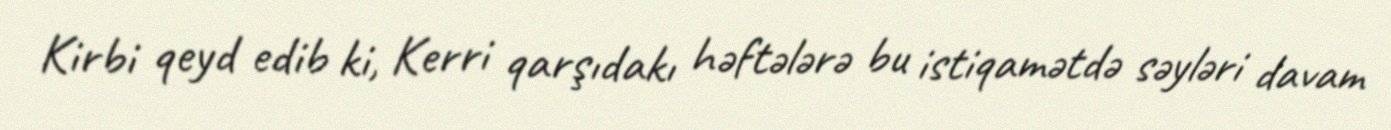
Kirbi qeyd edib ki, Kerri qarşıdakı həftələrə bu istiqamətdə səyləri davam